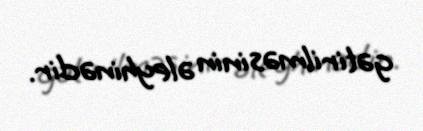
gətirilməsinin əleyhinədir.